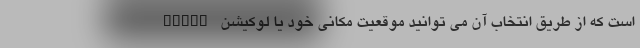
share است که از طریق انتخاب آن می توانید موقعیت مکانی خود یا لوکیشن